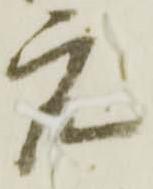
元